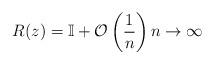
LaTeX: \begin{align*} R(z) = \mathbb{I}+\mathcal{O}\left(\frac{1}{n}\right) n\to\infty\end{align*}